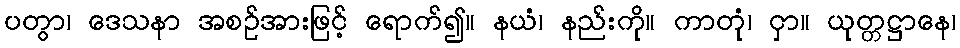
ပတွာ၊ ဒေသနာ အစဉ်အားဖြင့် ရောက်၍။ နယံ၊ နည်းကို။ ကာတုံ၊ ငှာ။ ယုတ္တဋ္ဌာနေ၊